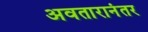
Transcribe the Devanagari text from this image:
अवतारानंतर